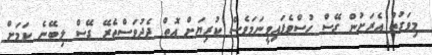
މިވަގުތު އެރަށުން ގޭސް ހުސްވެފައިވީނަމަވެސް ކުރިޔަށް އޮތް ދެދުވަސްތެރޭ ގޭސް ލިބޭނެ ކަމަށް